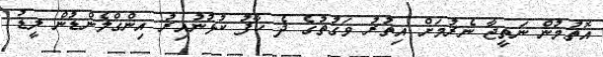
އޮތުމުން ނަތީޖާ ނެރުމަށް އިތުރު ވަގުތުގެ ދެ ހާފު ކުޅުނުއިރު އިންގްލެންޑުން ލީޑު